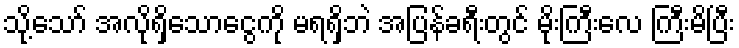
သို့သော် အလိုရှိသောငွေကို မရရှိဘဲ အပြန်ခရီးတွင် မိုးကြီးလေ ကြီးမိပြီး